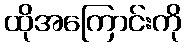
ထိုအကြောင်းကို